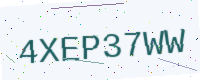
Text: 4XEP37WW